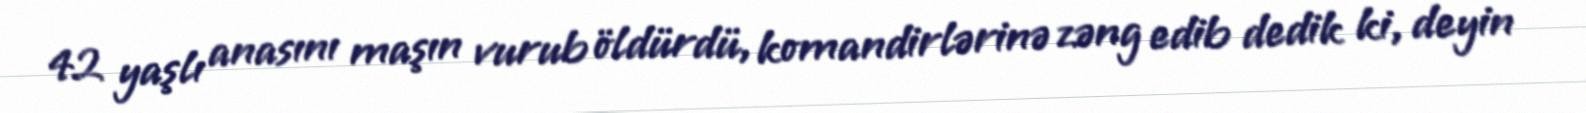
42 yaşlı anasını maşın vurub öldürdü, komandirlərinə zəng edib dedik ki, deyin